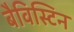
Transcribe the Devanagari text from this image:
बैविस्टिन